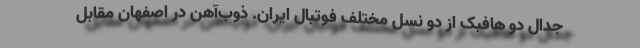
جدال دو هافبک از دو نسل مختلف فوتبال ایران. ذوب‌آهن در اصفهان مقابل